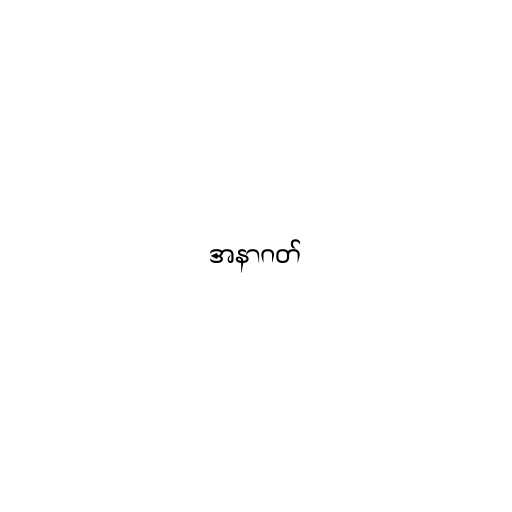
အနာဂတ်